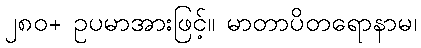
၂၈၀+ ဥပမာအားဖြင့်။ မာတာပိတရောနာမ၊